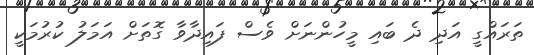
ތަރައްގީ އަދި ދެ ބައި މީހުންނަށް ވެސް ފައިދާވާ ގޮތަށް އަމަލު ކުރުމަކީ